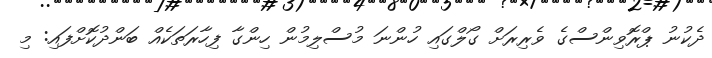
ދެކުނު ޕްރޮވިންސްގެ ވެރިރަށް ގޯލްގައި ހުންނަ މުސްލިމުން ހިންގާ ފިހާރަތަކެއް ބަންދުކޮށްފައި: މި